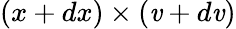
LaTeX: (x+dx)\times(\mathit{v}+d\mathit{v})